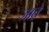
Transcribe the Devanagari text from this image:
जात़े